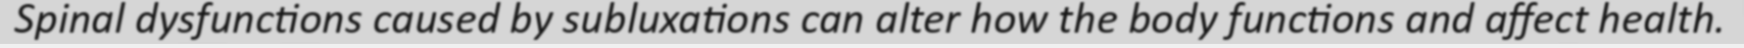
Spinal dysfunctions caused by subluxations can alter how the body functions and affect health.